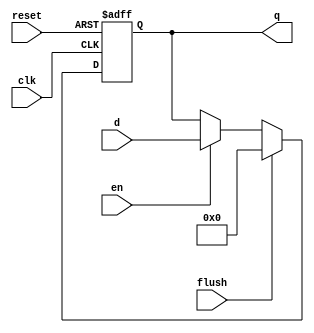
`timescale 1ns / 1ps
//////////////////////////////////////////////////////////////////////////////////
// Company: 
// Engineer: 
// 
// Design Name: 
// Module Name: pipe_reg_en
// Project Name: 
// Target Devices: 
// Tool Versions: 
// Description: 
// 
// Dependencies: 
// 
// Revision:
// Revision 0.01 - File Created
// Additional Comments:
// 
//////////////////////////////////////////////////////////////////////////////////

module pipe_reg_en #(parameter WIDTH = 8)(
    input clk, reset,
    input en, flush,
    input [WIDTH-1:0] d,
    output reg [WIDTH-1:0] q
    );
    
    always @(posedge clk or posedge reset)  
    begin   
        if(reset)   
            q <= 0; 
        else if (flush) 
            q <= 0;
        else if (en)
            q <= d;  
    end  
endmodule